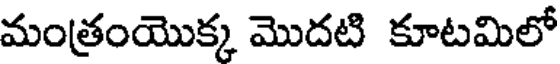
మంత్రంయొక్క మొదటి కూటమిలో